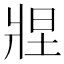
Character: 𬌂